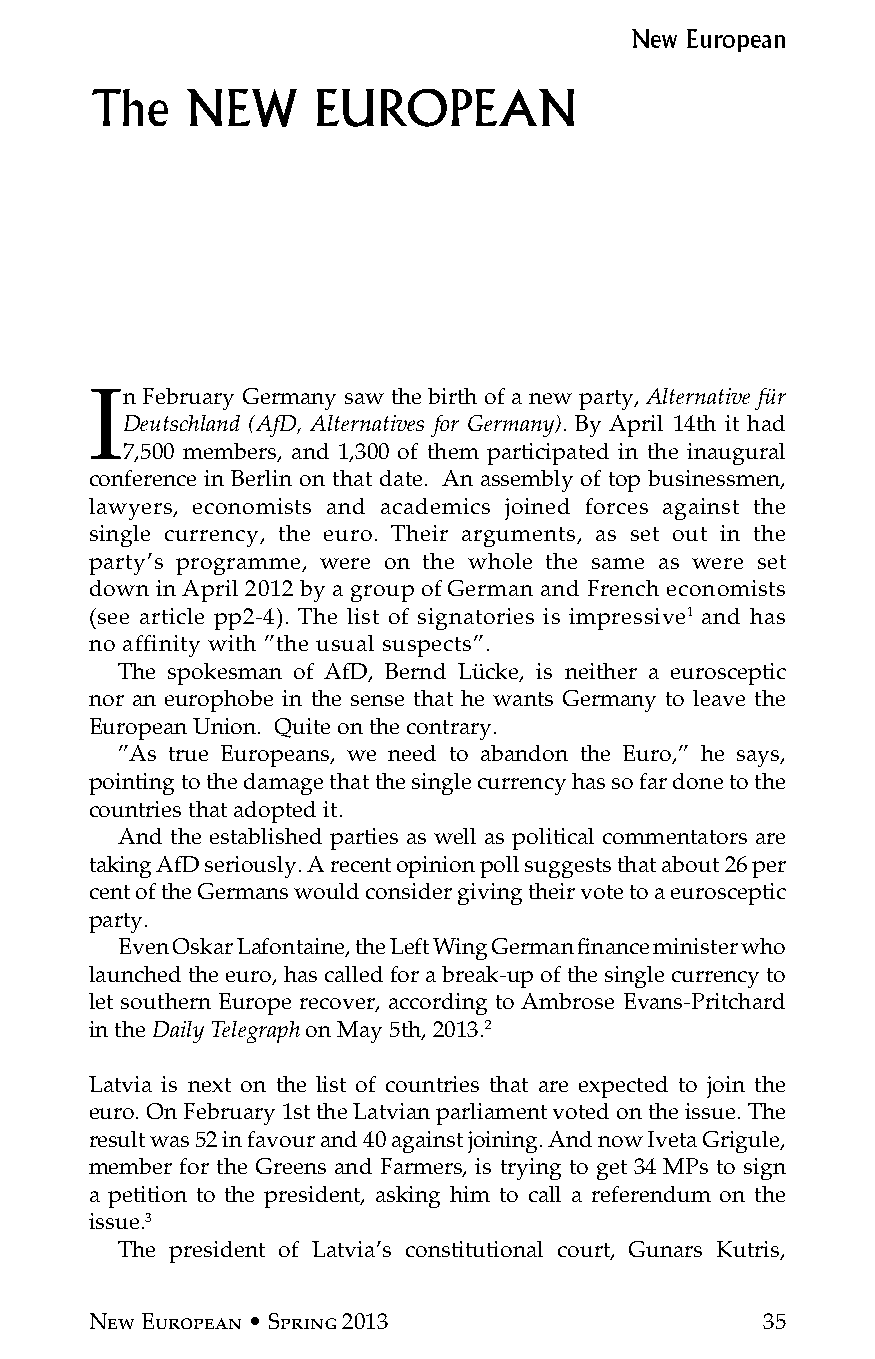
New European
 The   NEW      EUROPEAN
 In February Germany saw the birth of a new party, Alternative für
 Deutschland (AfD, Alternatives for Germany). By April 14th it had
 7,500 members, and 1,300 of them participated in the inaugural
 conference in Berlin on that date. An assembly of top businessmen,
 lawyers, economists and academics joined forces against the
 single currency, the euro. Their arguments, as set out in the
 party’s programme, were on the whole the same as were set
 down in April 2012 by a group of German and French economists
 (see article pp2-4). The list of signatories is impressive1 and has
 no affinity with ”the usual suspects”.
 The spokesman of AfD, Bernd lücke, is neither a eurosceptic
 nor an europhobe in the sense that he wants Germany to leave the
 European Union. Quite on the contrary.
 ”As true Europeans, we need to abandon the Euro,” he says,
 pointing to the damage that the single currency has so far done to the
 countries that adopted it.
 And the established parties as well as political commentators are
 taking AfD seriously. A recent opinion poll suggests that about 26 per
 cent of the Germans would consider giving their vote to a eurosceptic
 party.
 Even Oskar lafontaine, the left Wing German finance minister who
 launched the euro, has called for a break-up of the single currency to
 let southern Europe recover, according to Ambrose Evans-Pritchard
 in the Daily Telegraph on May 5th, 2013.2
 latvia is next on the list of countries that are expected to join the
 euro. On February 1st the latvian parliament voted on the issue. The
 result was 52 in favour and 40 against joining. And now Iveta Grigule,
 member for the Greens and Farmers, is trying to get 34 MPs to sign
 a petition to the president, asking him to call a referendum on the
 issue.3
 The president of latvia’s constitutional court, Gunars Kutris,
 New European • Spring 2013                  35